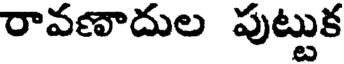
రావణాదుల పుట్టుక